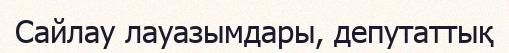
Сайлау лауазымдары, депутаттық